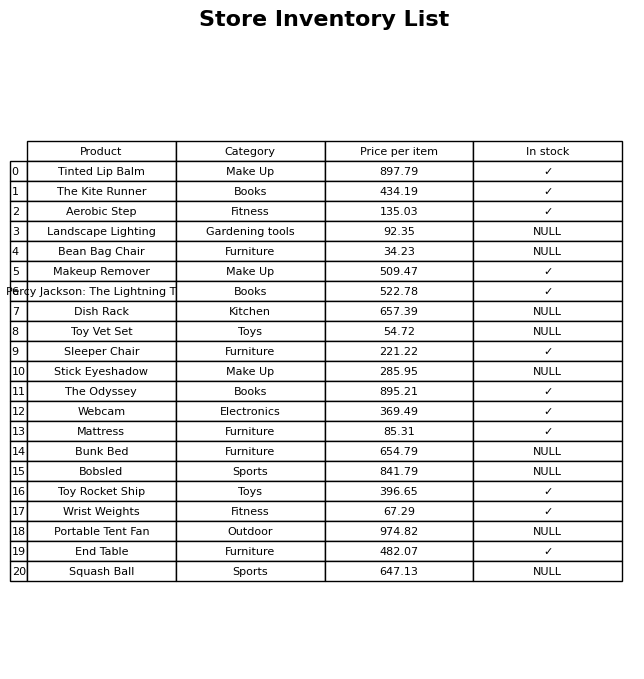
question: Which products are available in stock?
answer: Tinted Lip Balm, The Kite Runner, Aerobic Step, Makeup Remover, Percy Jackson: The Lightning Thief, Sleeper Chair, The Odyssey, Webcam, Mattress, Toy Rocket Ship, Wrist Weights, End Table